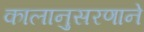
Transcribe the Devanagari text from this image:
कालानुसरणाने